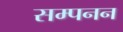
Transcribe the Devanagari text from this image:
सम्पनन